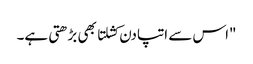
"اس سے اتپادن کشلتا بھی بڑھتی ہے۔